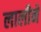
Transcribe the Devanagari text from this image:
लालीने